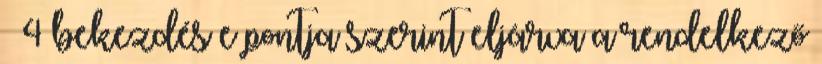
§ 4 bekezdés e pontja szerint eljárva a rendelkező